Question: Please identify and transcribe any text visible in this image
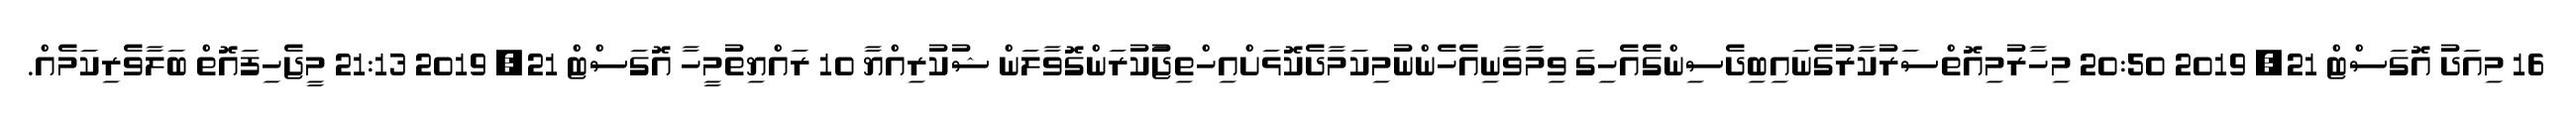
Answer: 16 މިއަދު އޮގަސްޓް 21, 2019 20:50 މިހާރުމިއޮތްސަރުކާރުގެނައިބިދެސިންގެއެހިގަ ވިމާާވާަނިއެހެންނުމިކަމާދެކޮޅަށްއިހްތިޖާުކުރަންގޮވާލަން ޝުކުރިއްޔާ 10 ރައްޔިތުމީހާ އޮގަސްޓް 21, 2019 21:13 މީޖެހިފައޮތް ބަލާވެރިކަމެއް.